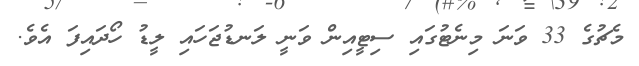
މެޗުގެ 33 ވަނަ މިނެޓުގައި ސިޓީއިން ވަނީ ލަނޑުޖަހައި ލީޑު ހޯދައިފަ އެވެ.